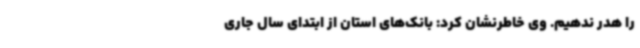
را هدر ندهیم. وی خاطرنشان کرد: بانک‌های استان از ابتدای سال جاری